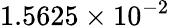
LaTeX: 1.5625\times 10^{-2}